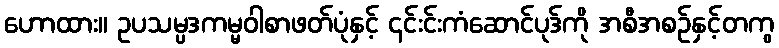
ဟောထား။ ဥပသမ္ပဒကမ္မဝါစာဖတ်ပုံနှင့် ၎င်းင်းကံဆောင်ပုဒ်ကို အစီအစဉ်နှင့်တကွ